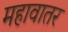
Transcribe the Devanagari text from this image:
महावातर